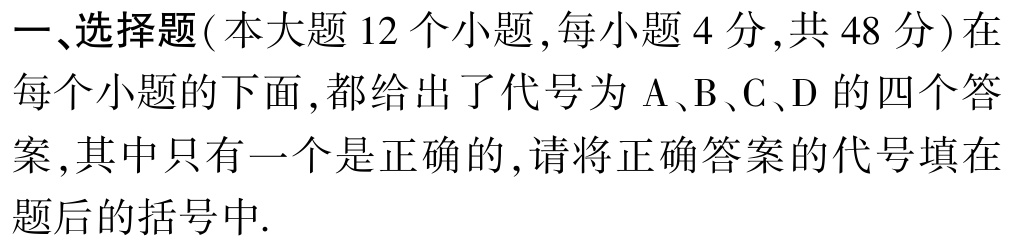
一、选择题(本大题 12 个小题,每小题 4 分,共 48 分)在每个小题的下面,都给出了代号为 A、B、C、D 的四个答案,其中只有一个是正确的,请将正确答案的代号填在题后的括号中.